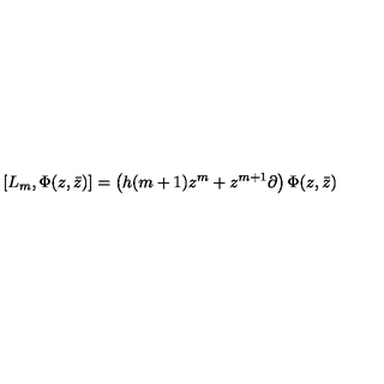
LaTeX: [ L _ { m } , \Phi ( z , \bar { z } ) ] = \left( h ( m + 1 ) z ^ { m } + z ^ { m + 1 } \partial \right) \Phi ( z , \bar { z } )